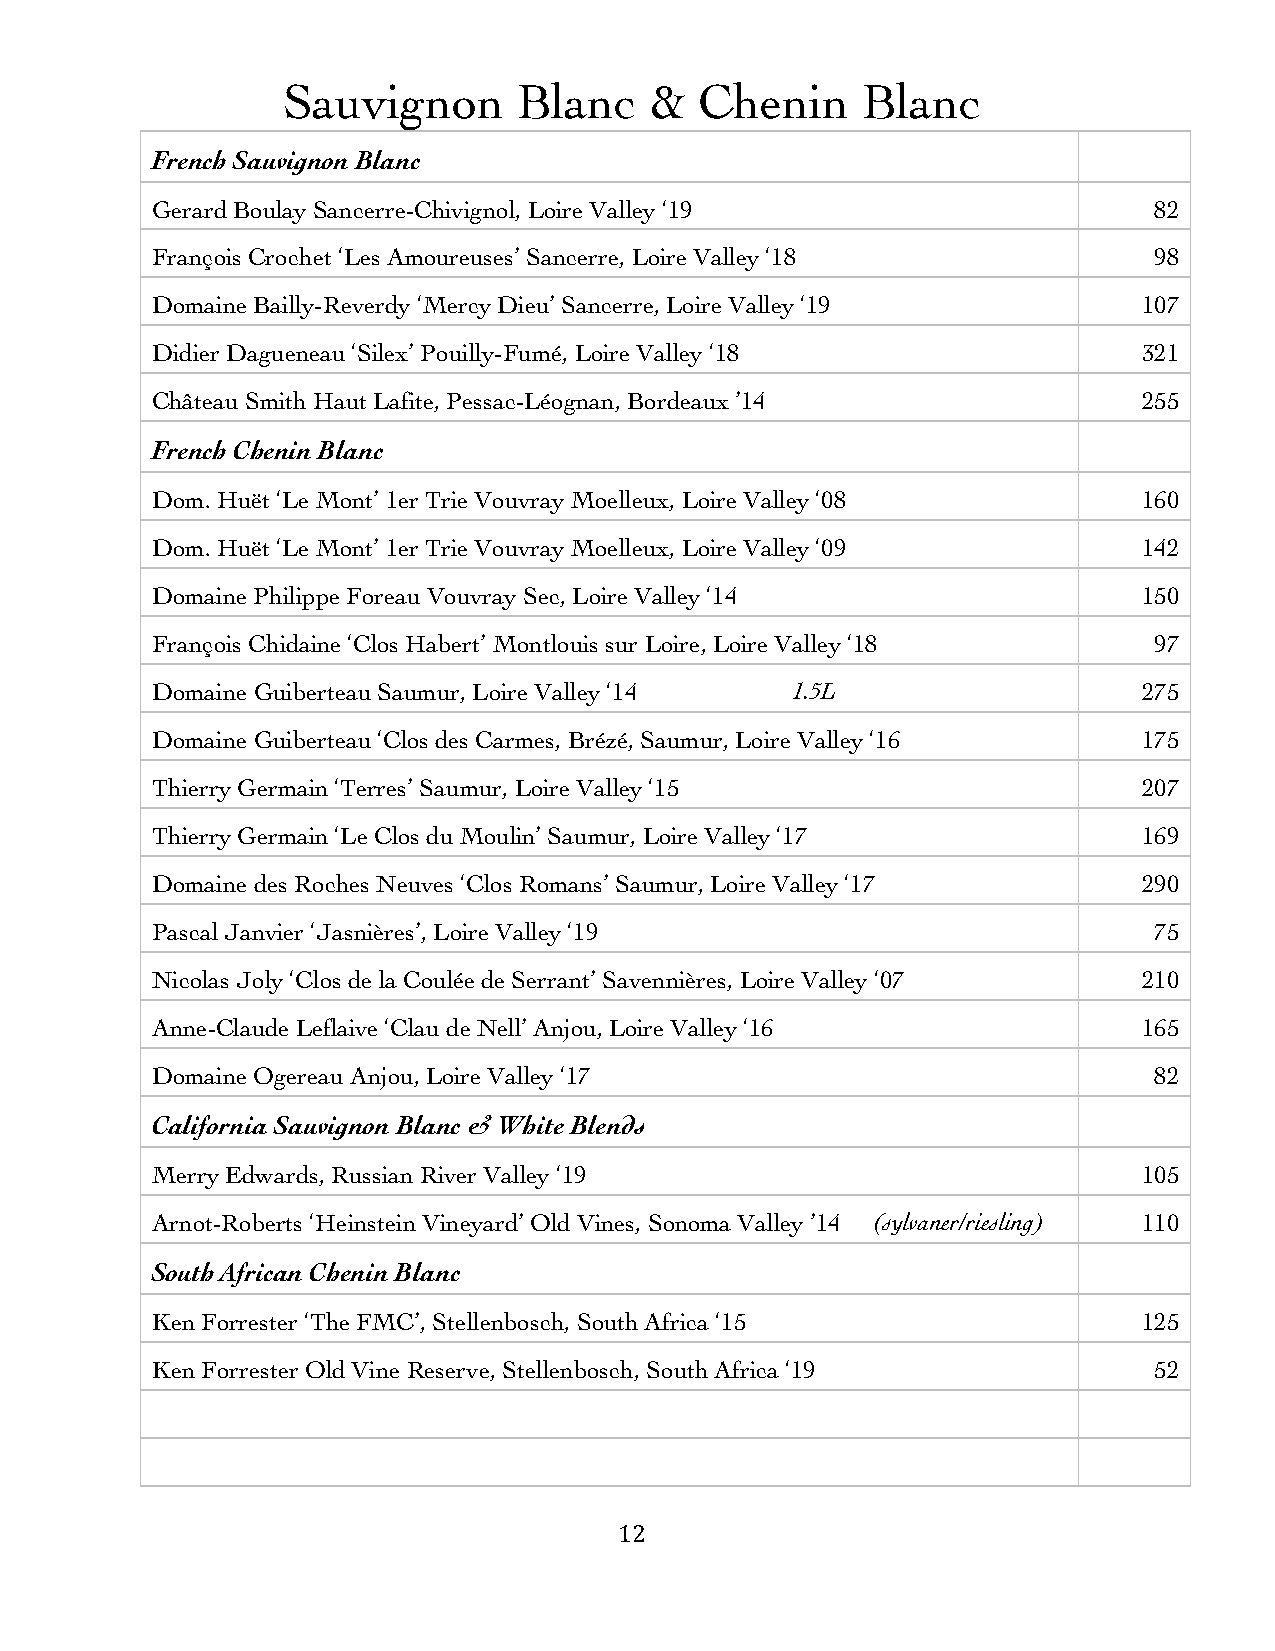
Sauvignon      Blanc    &  Chenin     Blanc
 French Sauvignon Blanc
 Gerard Boulay Sancerre-Chivignol, Loire Valley ‘19                82
 François Crochet ‘Les Amoureuses’ Sancerre, Loire Valley ‘18      98
 Domaine Bailly-Reverdy ‘Mercy Dieu’ Sancerre, Loire Valley ‘19    107
 Didier Dagueneau ‘Silex’ Pouilly-Fumé, Loire Valley ‘18           321
 Château Smith Haut Lafite, Pessac-Léognan, Bordeaux ’14           255
 French Chenin Blanc
 Dom. Huët ‘Le Mont’ 1er Trie Vouvray Moelleux, Loire Valley ‘08   160
 Dom. Huët ‘Le Mont’ 1er Trie Vouvray Moelleux, Loire Valley ‘09   142
 Domaine Philippe Foreau Vouvray Sec, Loire Valley ‘14             150
 François Chidaine ‘Clos Habert’ Montlouis sur Loire, Loire Valley ‘18 97
 Domaine Guiberteau Saumur, Loire Valley ‘14 1.5L                  275
 Domaine Guiberteau ‘Clos des Carmes, Brézé, Saumur, Loire Valley ‘16 175
 Thierry Germain ‘Terres’ Saumur, Loire Valley ‘15                 207
 Thierry Germain ‘Le Clos du Moulin’ Saumur, Loire Valley ‘17      169
 Domaine des Roches Neuves ‘Clos Romans’ Saumur, Loire Valley ‘17  290
 Pascal Janvier ‘Jasnières’, Loire Valley ‘19                      75
 Nicolas Joly ‘Clos de la Coulée de Serrant’ Savennières, Loire Valley ‘07 210
 Anne-Claude Leflaive ‘Clau de Nell’ Anjou, Loire Valley ‘16       165
 Domaine Ogereau Anjou, Loire Valley ‘17                           82
 California Sauvignon Blanc & White Blends
 Merry Edwards, Russian River Valley ‘19                           105
 Arnot-Roberts ‘Heinstein Vineyard’ Old Vines, Sonoma Valley ’14 (sylvaner/riesling) 110
 South African Chenin Blanc
 Ken Forrester ‘The FMC’, Stellenbosch, South Africa ‘15           125
 Ken Forrester Old Vine Reserve, Stellenbosch, South Africa ‘19    52
 12